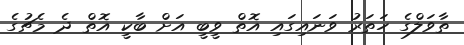
ތާވަލްގެ ހަތަރު ވަނައިގައި އޮތް ވީބީ އަށް ބާކީ އޮތް ދެ މެޗުގެ